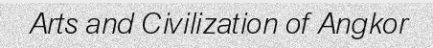
Arts and Civilization of Angkor